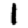
Digit: 1